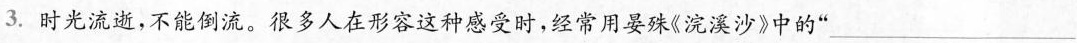
3.时光流逝，不能倒流。很多人在形容这种感受时，经常用晏殊《浣溪沙》中的”___